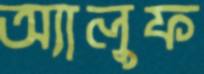
অ্যালুফ